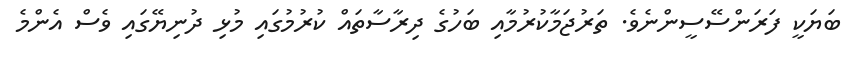
ބަޔަކީ ފަރަންސޭސީންނެވެ. ތަރުޖަމާކުރުމާއި ބަހުގެ ދިރާސާތައް ކުރުމުގައި މުޅި ދުނިޔޭގައި ވެސް އެންމެ